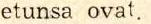
etunsa ovat.